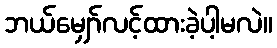
ဘယ်မျှော်လင့်ထားခဲ့ပါ့မလဲ။